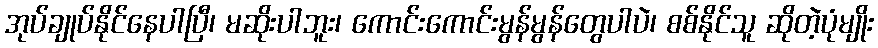
အုပ်ချုပ်နိုင်နေပါပြီ၊ မဆိုးပါဘူး၊ ကောင်းကောင်းမွန်မွန်တွေပါပဲ၊ စစ်နိုင်သူ ဆိုတဲ့ပုံမျိုး